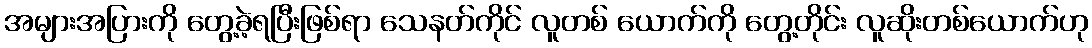
အများအပြားကို တွေ့ခဲ့ရပြီးဖြစ်ရာ သေနတ်ကိုင် လူတစ် ယောက်ကို တွေ့တိုင်း လူဆိုးတစ်ယောက်ဟု